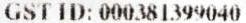
GST ID: 000381399040